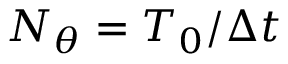
N _ { \theta } = T _ { 0 } / \Delta t